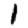
Digit: 1